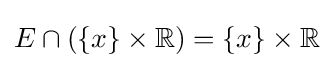
E\cap (\{x\}\times \mathbb {R} )=\{x\}\times \mathbb {R}